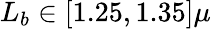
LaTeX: L_{b}\in[1.25,1.35]\mu